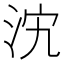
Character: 𣲼